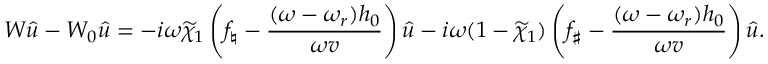
W { \widehat { u } } - W _ { 0 } { \widehat { u } } = - i \omega \widetilde { \chi } _ { 1 } \left( f _ { \natural } - \frac { ( \omega - \omega _ { r } ) h _ { 0 } } { \omega v } \right) { \widehat { u } } - i \omega ( 1 - \widetilde { \chi } _ { 1 } ) \left( f _ { \sharp } - \frac { ( \omega - \omega _ { r } ) h _ { 0 } } { \omega v } \right) { \widehat { u } } .